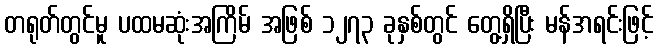
တရုတ်တွင်မူ ပထမဆုံးအကြိမ် အဖြစ် ၁၂၇၃ ခုနှစ်တွင် တွေ့ရှိပြီး မန်ဒာရင်းဖြင့်